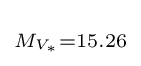
\scriptstyle M_{V_{\ast }}=15.26